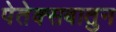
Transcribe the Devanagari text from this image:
पेतेक्सबातुन